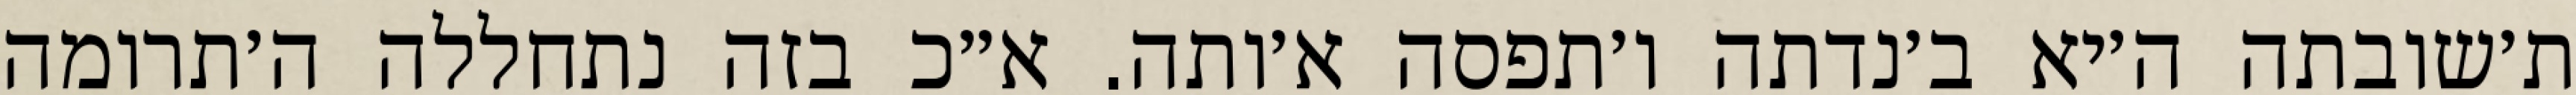
ת׳שובתה ה׳יא ב׳נדתה ו׳תפסה א׳ותה. א״כ בזה נתחללה ה׳תרומה